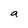
Character: a